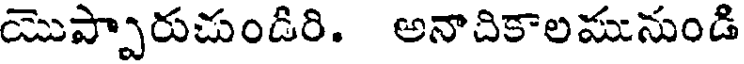
యొప్పారుచుండిరి. అనాచికాలమునుండి